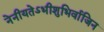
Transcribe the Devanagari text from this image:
नेनीयतेऽभीशुभिर्वाजिन